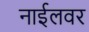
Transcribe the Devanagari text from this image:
नाईलवर